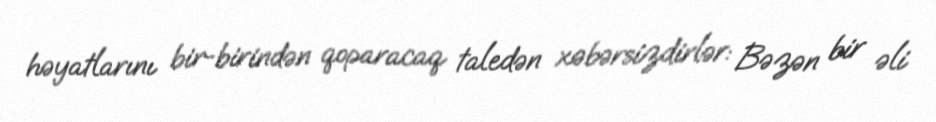
həyatlarını bir-birindən qoparacaq taledən xəbərsizdirlər: Bəzən bir əli